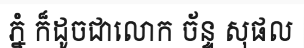
ភ្នំ ក៏ដូចជាលោក ច័ន្ទ សុផល